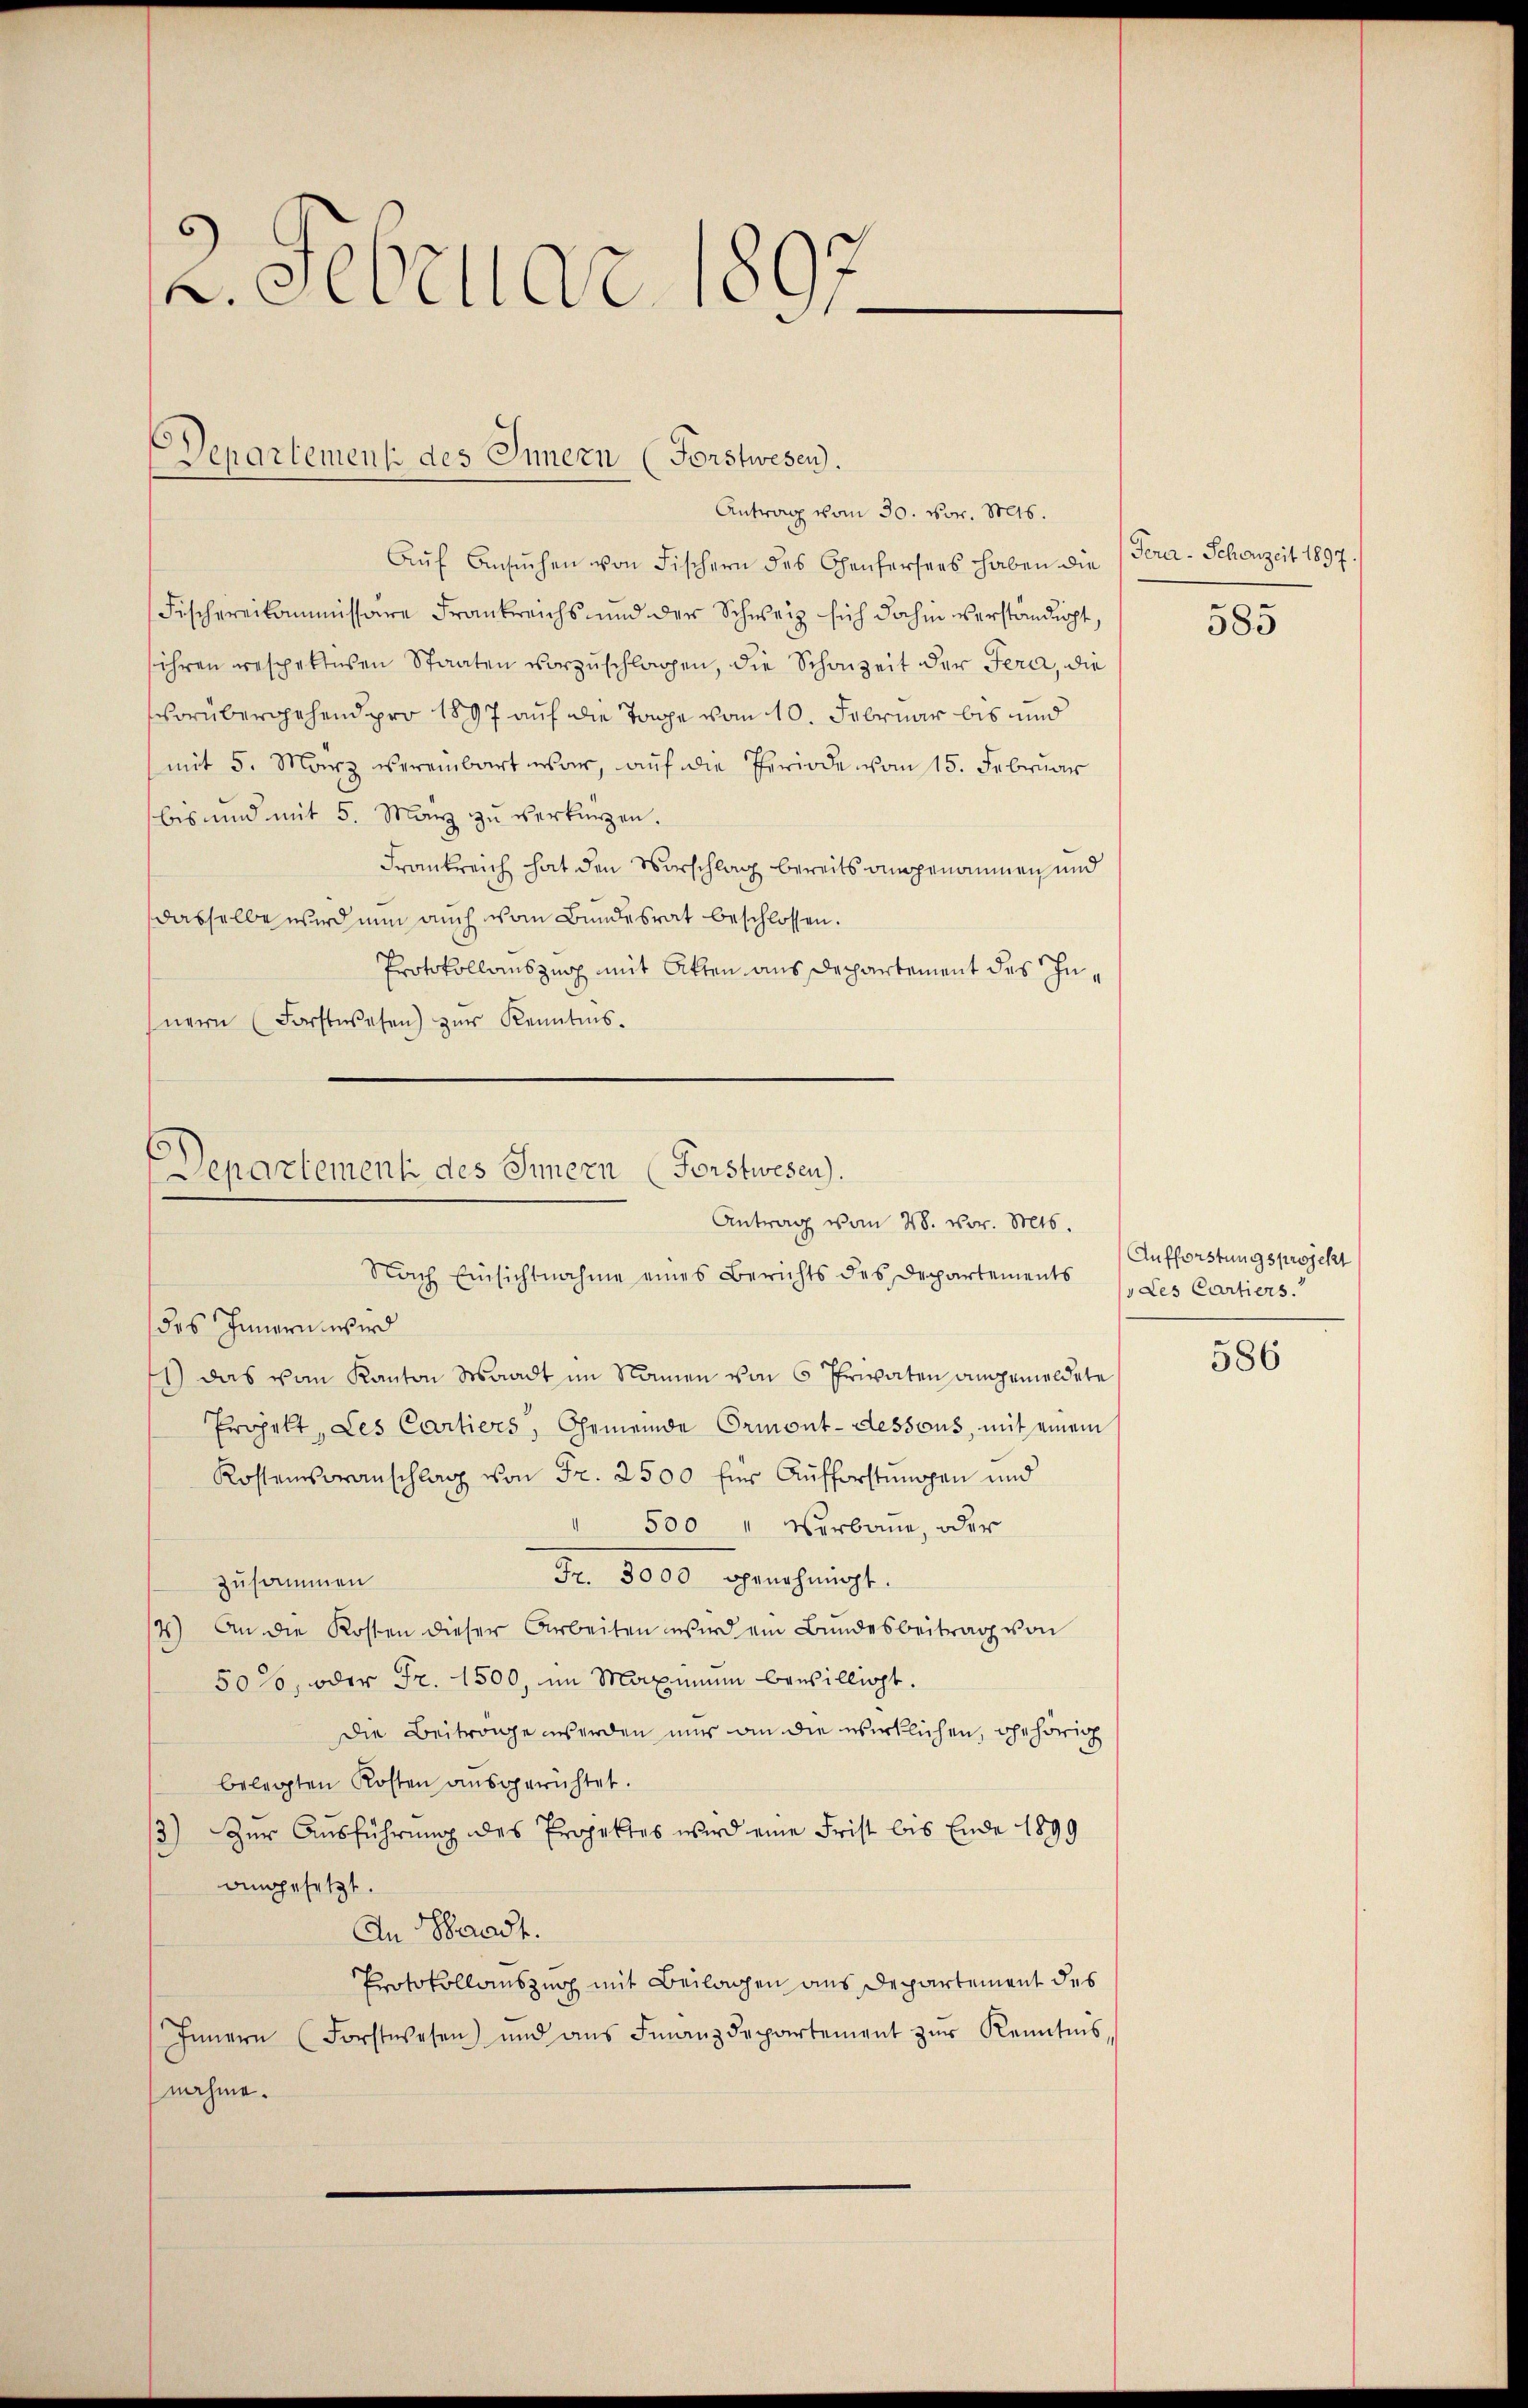
L. Gesellar

Departement des Innern (Forstwesen.
Antrag vom 30. Nov. 1806.

Aŭf Ansŭchen von Fischern des Chenfersers haben die
Fischereikommissare Frankreichs und der Schweiz sich dahin verständigt,
ihren respetteren Staaten vorzuschlagen, die Schonzeit der Jera, die
vorübergehend pro 1897 auf die Tage vom 10. Februar bis und
(mit 5. März vereinbart war, auf die Periode vom 15. Februar
bis und mit 5. März zu verkürzen.
Frankreich hat den Vorschlag bereits angenommen und
dasselbe wird nun auch von Bundesrat beschlossen.
Protokollauszug mit Akten aus Departement des Innern (Forstwesen) zur Kenntnis.

Departement des Innern (Forstwesen).
Antrag von 28. vor. Mts.

Nach Einsichtnahme eines Berichts des Departements des Cartiers.
des Innern wird
11) Das vom Kanton Waadt im Namen von 6 Privaten angemeldete
Erpelt, Les Cartiers, Gemeinde Ormont-dessous, mit einem
Kostenvoranschlag von Fr. 2500 für Aufforstungen und
" 500 " Verbaue, oder
Fr. 3000 genehmigt.
zusammen
4) An die Kosten dieser Arbeiten wird ein Bundesbeitrag von
50%, oder Fr. 1500, im Maximum bewilligt.
Die Beiträge werden nur an die wirklichen, ohehörig
belegten Kosten ausgerichtet.
13) Zur Ausführung des Projektes wird eine Frist bis Ende 1899
angesetzt.
An Staat.
Protokollauszuch mit Beilagen aus Departement des
Innern (Forstwesen und ans Finanzdepartement zŭr Kenntnis-
nahme.

Gener - Schonzeit 1897.
585

586

Aufforstungsprojekt